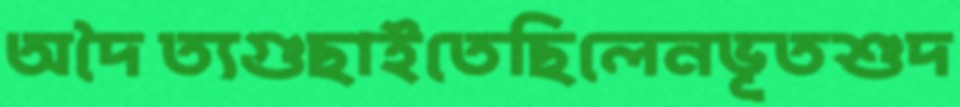
অদৈত্যগুছাইতেছিলেনভূতশুদ